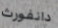
دانفورث